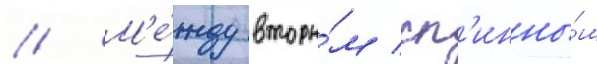
// М'е́жду вторы́м сп'инны́м